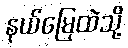
နယ်မြေထဲသို့